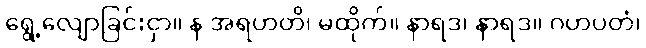
ရွေ့လျောခြင်းငှာ။ န အရဟတိ၊ မထိုက်။ နာရဒ၊ နာရဒ။ ဂဟပတံ၊